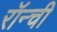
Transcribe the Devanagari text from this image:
रॉन्ची